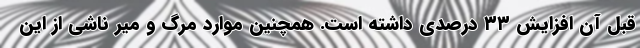
قبل آن افزایش ۳۳ درصدی داشته است. همچنین موارد مرگ و میر ناشی از این